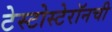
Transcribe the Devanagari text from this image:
टेस्टोस्टेरॉनची